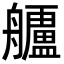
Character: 𮎗